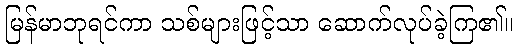
မြန်မာဘုရင်ကာ သစ်များဖြင့်သာ ဆောက်လုပ်ခဲ့ကြ၏။